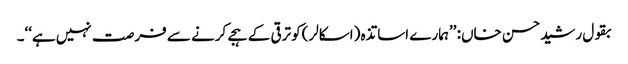
بقول رشیدحسن خاں: ’’ہمارے اساتذہ (اسکالر)کو ترقی کے ہجے کرنے سے فرصت نہیں ہے‘‘۔